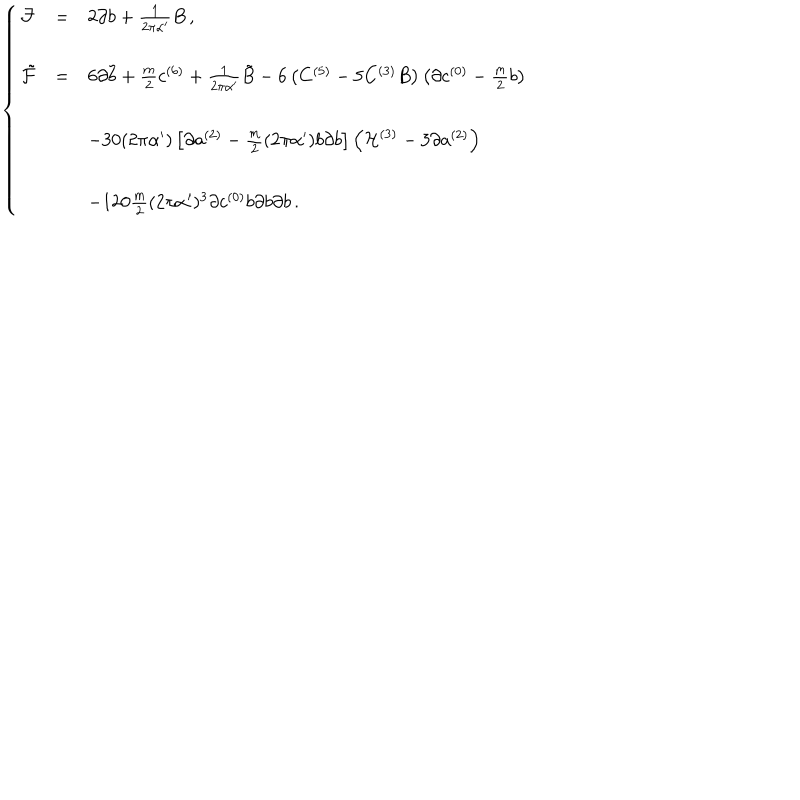
\left\{ \begin{array} { r c l } { { { \cal F } } } & { { = } } & { { 2 \partial b + \frac { 1 } { 2 \pi \alpha ^ { \prime } } B \, , } } \\ { { } } & { { } } & { { } } \\ { { \tilde { \cal F } } } & { { = } } & { { 6 \partial \tilde { b } + \frac { m } { 2 } c ^ { ( 6 ) } + \frac { 1 } { 2 \pi \alpha ^ { \prime } } \tilde { B } - 6 \left( C ^ { ( 5 ) } - 5 C ^ { ( 3 ) } B \right) \left( \partial c ^ { ( 0 ) } - \frac { m } { 2 } b \right) } } \\ { { } } & { { } } & { { } } \\ { { } } & { { } } & { { - 3 0 ( 2 \pi \alpha ^ { \prime } ) \left[ \partial a ^ { ( 2 ) } - \frac { m } { 2 } ( 2 \pi \alpha ^ { \prime } ) b \partial b \right] \left( { \cal H } ^ { ( 3 ) } - 3 \partial a ^ { ( 2 ) } \right) } } \\ { { } } & { { } } & { { } } \\ { { } } & { { } } & { { - 1 2 0 \frac { m } { 2 } ( 2 \pi \alpha ^ { \prime } ) ^ { 3 } \partial c ^ { ( 0 ) } b \partial b \partial b \, . } } \\ \end{array} \right.